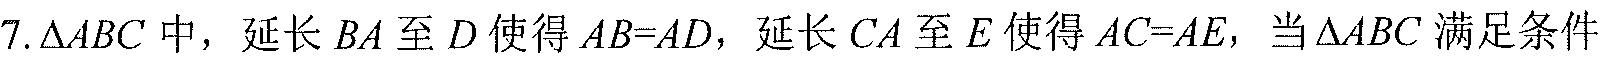
7.\(\triangle ABC\)中，延长\(BA\)至\(D\)使得\(AB = AD\)，延长\(CA\)至\(E\)使得\(AC = AE\)，当\(\triangle ABC\)满足条件